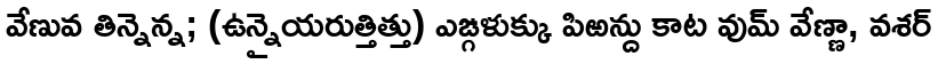
వేణువ తిన్నెన్న; (ఉన్నైయరుత్తిత్తు) ఎఙ్గళుక్కు పిఱన్దు కాట వుమ్ వేణ్ణా, వశర్